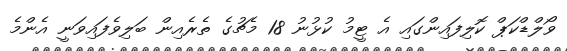
ވޯލްޑްކަޕް ކޮލިފައިންގައި އެ ޓީމު ކުޅުނު 18 މެޗުގެ ތެރެއިން ބަލިވެފައިވަނީ އެންމެ